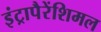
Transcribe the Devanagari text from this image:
इंट्रापैरेंशिमल